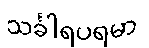
သင်္ခါရပရမာ